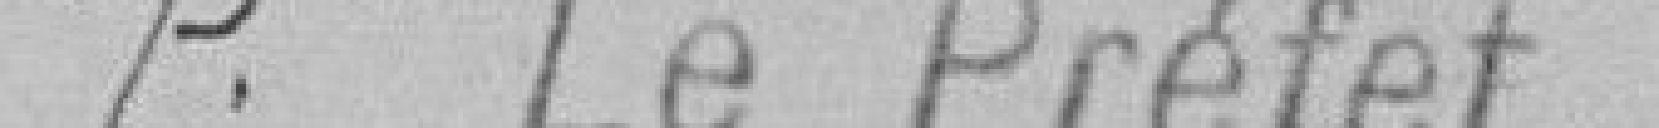
Pour le Préfet,